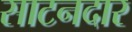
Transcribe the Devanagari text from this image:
साटनदार